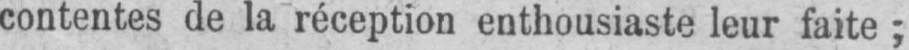
contentes de la réception enthousiaste leur faite;